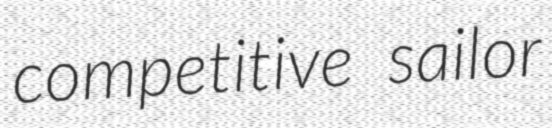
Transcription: competitive sailor